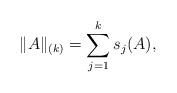
LaTeX: \begin{align*}\| A\|_{(k)} = \sum_{j = 1}^ks_{j}(A),\end{align*}